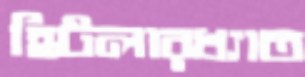
হিটলারখ্যাত